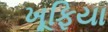
ખૂફિયા